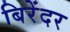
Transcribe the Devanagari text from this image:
बिरेंदर